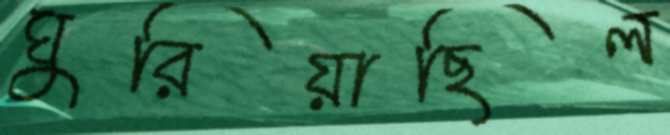
ঘুরিয়াছিল